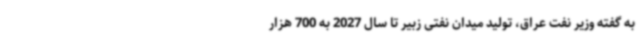
به گفته وزیر نفت عراق، تولید میدان نفتی زبیر تا سال 2027 به 700 هزار